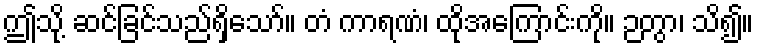
ဤသို့ ဆင်ခြင်သည်ရှိသော်။ တံ ကာရဏံ၊ ထိုအကြောင်းကို။ ဉတွာ၊ သိ၍။